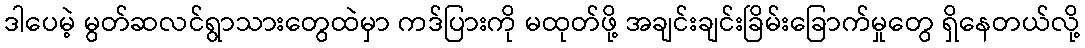
ဒါပေမဲ့ မွတ်ဆလင်ရွာသားတွေထဲမှာ ကဒ်ပြားကို မထုတ်ဖို့ အချင်းချင်းခြိမ်းခြောက်မှုတွေ ရှိနေတယ်လို့